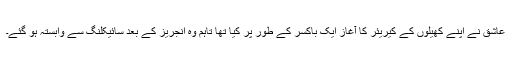
عاشق نے اپنے کھیلوں کے کیریئر کا آغاز ایک باکسر کے طور پر کیا تھا تاہم وہ انجریز کے بعد سائیکلنگ سے وابستہ ہو گئے۔